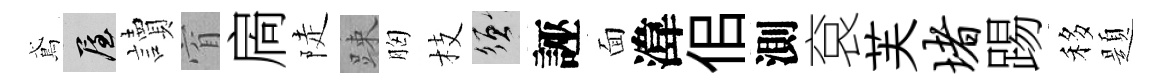
鳶屋讀窅扄陡踈胸枝須誣面湋佀測袞芙堵踢移題